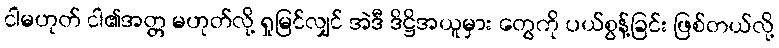
ငါမဟုတ် ငါ၏အတ္တ မဟုတ်လို့ ရှုမြင်လျှင် အဲဒီ ဒိဋ္ဌိအယူမှား တွေကို ပယ်စွန့်ခြင်း ဖြစ်တယ်လို့